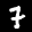
Label: 7